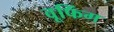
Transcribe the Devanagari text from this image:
वूफिंग